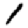
Digit: 1